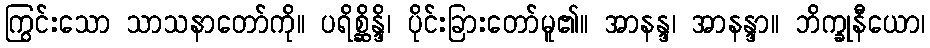
ကြွင်းသော သာသနာတော်ကို။ ပရိစ္ဆိန္ဒိ၊ ပိုင်းခြားတော်မူ၏။ အာနန္ဒ၊ အာနန္ဒာ။ ဘိက္ခုနီယော၊